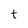
Character: t